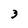
Character: 3